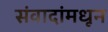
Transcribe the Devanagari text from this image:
संवादांमधून